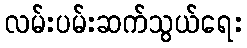
လမ်းပမ်းဆက်သွယ်ရေး